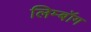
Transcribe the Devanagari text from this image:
लिम्बॉग